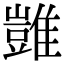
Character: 𩀡